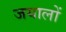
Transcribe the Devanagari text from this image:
जयालों